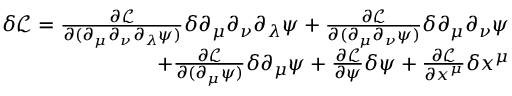
\begin{array} { r } { \delta \mathcal { L } = \frac { \partial \mathcal L } { \partial ( \partial _ { \mu } \partial _ { \nu } \partial _ { \lambda } \psi ) } \delta \partial _ { \mu } \partial _ { \nu } \partial _ { \lambda } \psi + \frac { \partial \mathcal L } { \partial ( \partial _ { \mu } \partial _ { \nu } \psi ) } \delta \partial _ { \mu } \partial _ { \nu } \psi } \\ { + \frac { \partial \mathcal L } { \partial ( \partial _ { \mu } \psi ) } \delta \partial _ { \mu } \psi + \frac { \partial \mathcal L } { \partial \psi } \delta \psi + \frac { \partial \mathcal L } { \partial x ^ { \mu } } \delta x ^ { \mu } } \end{array}